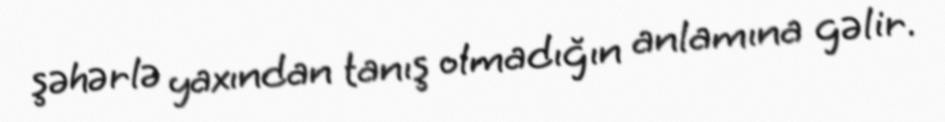
şəhərlə yaxından tanış olmadığın anlamına gəlir.